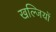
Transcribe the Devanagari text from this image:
खल्जियों